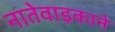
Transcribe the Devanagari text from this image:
नातेवाइकाने